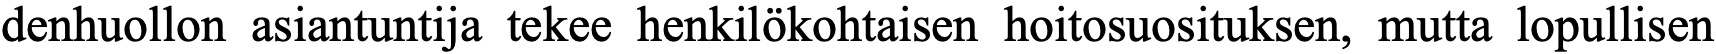
denhuollon asiantuntija tekee henkilökohtaisen hoitosuosituksen, mutta lopullisen